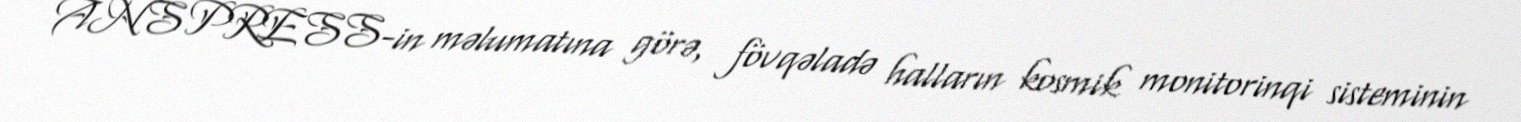
ANS PRESS-in məlumatına görə, fövqəladə halların kosmik monitorinqi sisteminin